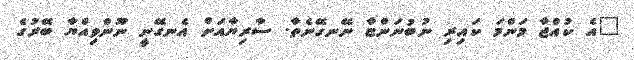
"އެ ކުއްޖާ މަންމަ ކައިިރި ނުބުނަންޏާ ނޭނގޭނެތާ. ސާރިޔާއަށް އެނގޭނީ ނޫންވިއްޔާ ބޭރުގެ